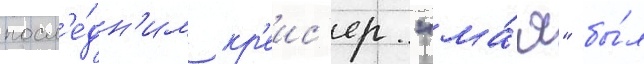
посл'е́дн'им кр'еис'ер "ма́я" бы́л